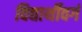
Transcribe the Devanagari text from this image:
विद्यार्थीवर्ग